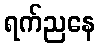
ရက်ညနေ